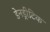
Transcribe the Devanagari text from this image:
डेनड्रीटिक